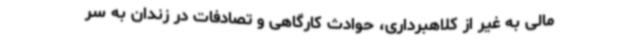
مالی به غیر از کلاهبرداری، حوادث کارگاهی و تصادفات در زندان به سر